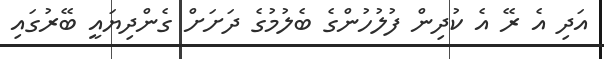
އަދި އެ ރޭ އެ ކުދިން ފުލުހުންގެ ބެލުމުގެ ދަށަށް ގެންދިޔައީ ބޭރުގައި